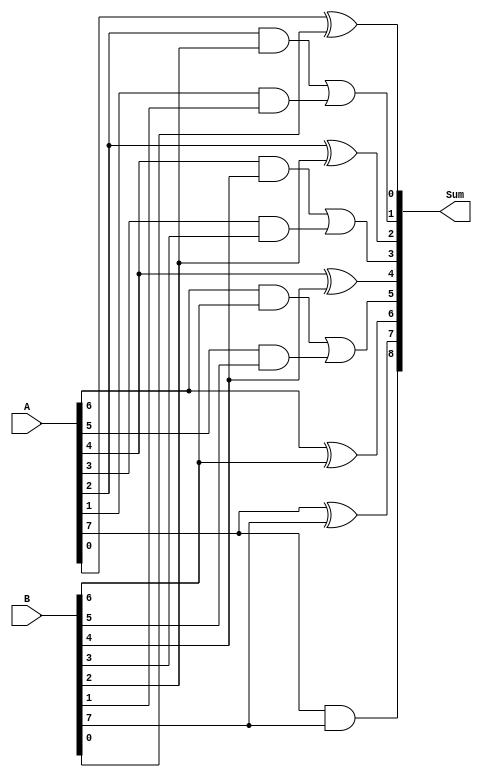
module prefix_adder_8bit (
  input [7:0] A,
  input [7:0] B,
  output [8:0] Sum
);

  assign Sum[8] = A[7] & B[7];
  assign Sum[7] = A[7] ^ B[7];
  assign Sum[6] = A[6] ^ B[6];
  assign Sum[5] = (A[6] & B[6]) | (A[5] & B[5]);
  assign Sum[4] = A[4] ^ B[4];
  assign Sum[3] = (A[4] & B[4]) | (A[3] & B[3]);
  assign Sum[2] = A[2] ^ B[2];
  assign Sum[1] = (A[2] & B[2]) | (A[1] & B[1]);
  assign Sum[0] = A[0] ^ B[0];

endmodule